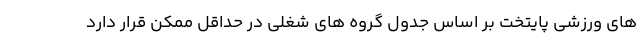
های ورزشی پایتخت بر اساس جدول گروه های شغلی در حداقل ممکن قرار دارد